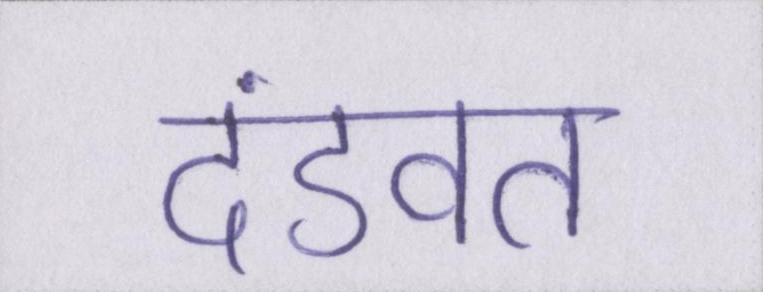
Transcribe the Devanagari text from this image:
दंडवत